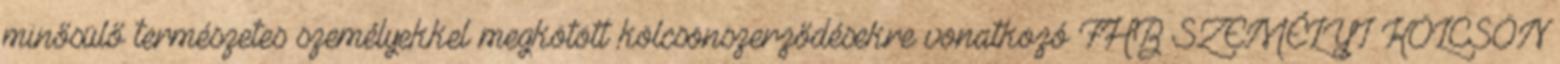
minősülő természetes személyekkel megkötött kölcsönszerződésekre vonatkozó FHB SZEMÉLYI KÖLCSÖN